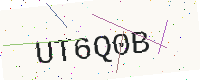
Text: UT6Q0B